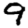
Digit: 9